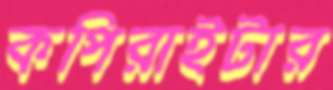
কপিরাইটার